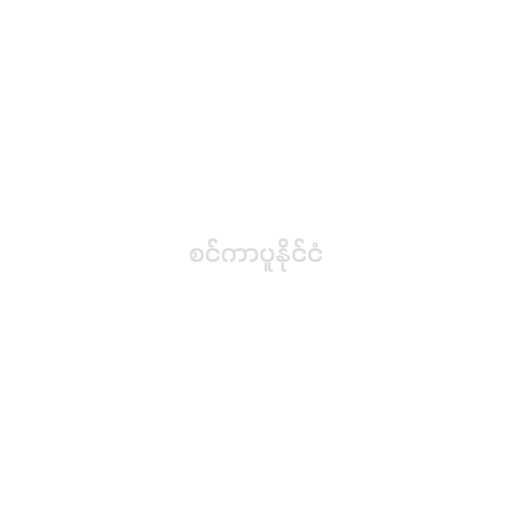
စင်ကာပူနိုင်ငံ